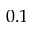
0 . 1